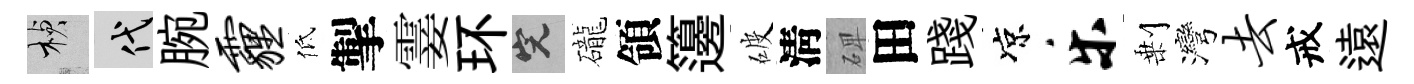
楨代腕霾低掣霎环完礲領籩破淸𥓓田踐凉乐剰灣去戒遠